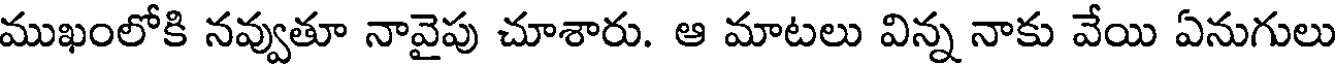
ముఖంలోకి నవ్వుతూ నావైపు చూశారు. ఆ మాటలు విన్న నాకు వేయి ఏనుగులు